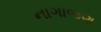
નાગાજણ